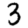
Digit: 3